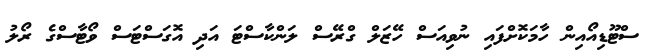
ސްޓޫޑިއޯއިން ހާމަކޮށްފައި ނުވިއަސް ހޭޒަލް ގްރޭސް ލަންކާސްޓަ އަދި އޮގަސްޓަސް ވޯޓާސްގެ ރޯލު